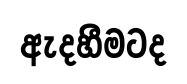
ඇදහීමටද